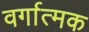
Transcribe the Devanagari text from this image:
वर्गात्मक